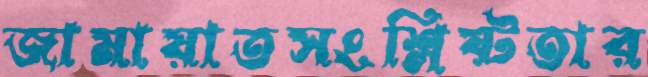
জামায়াতসংশ্লিষ্টতার